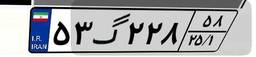
۹۹گ۵۷۷۰۹